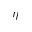
\eta